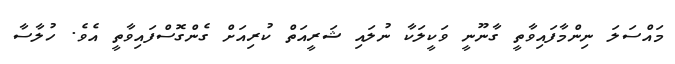
މައްސަލަ ނިންމާފައިވާތީ ގާނޫނީ ވަކީލަކާ ނުލައި ޝަރީއަތް ކުރިއަށް ގެންގޮސްފައިވާތީ އެވެ. ހުލާސާ